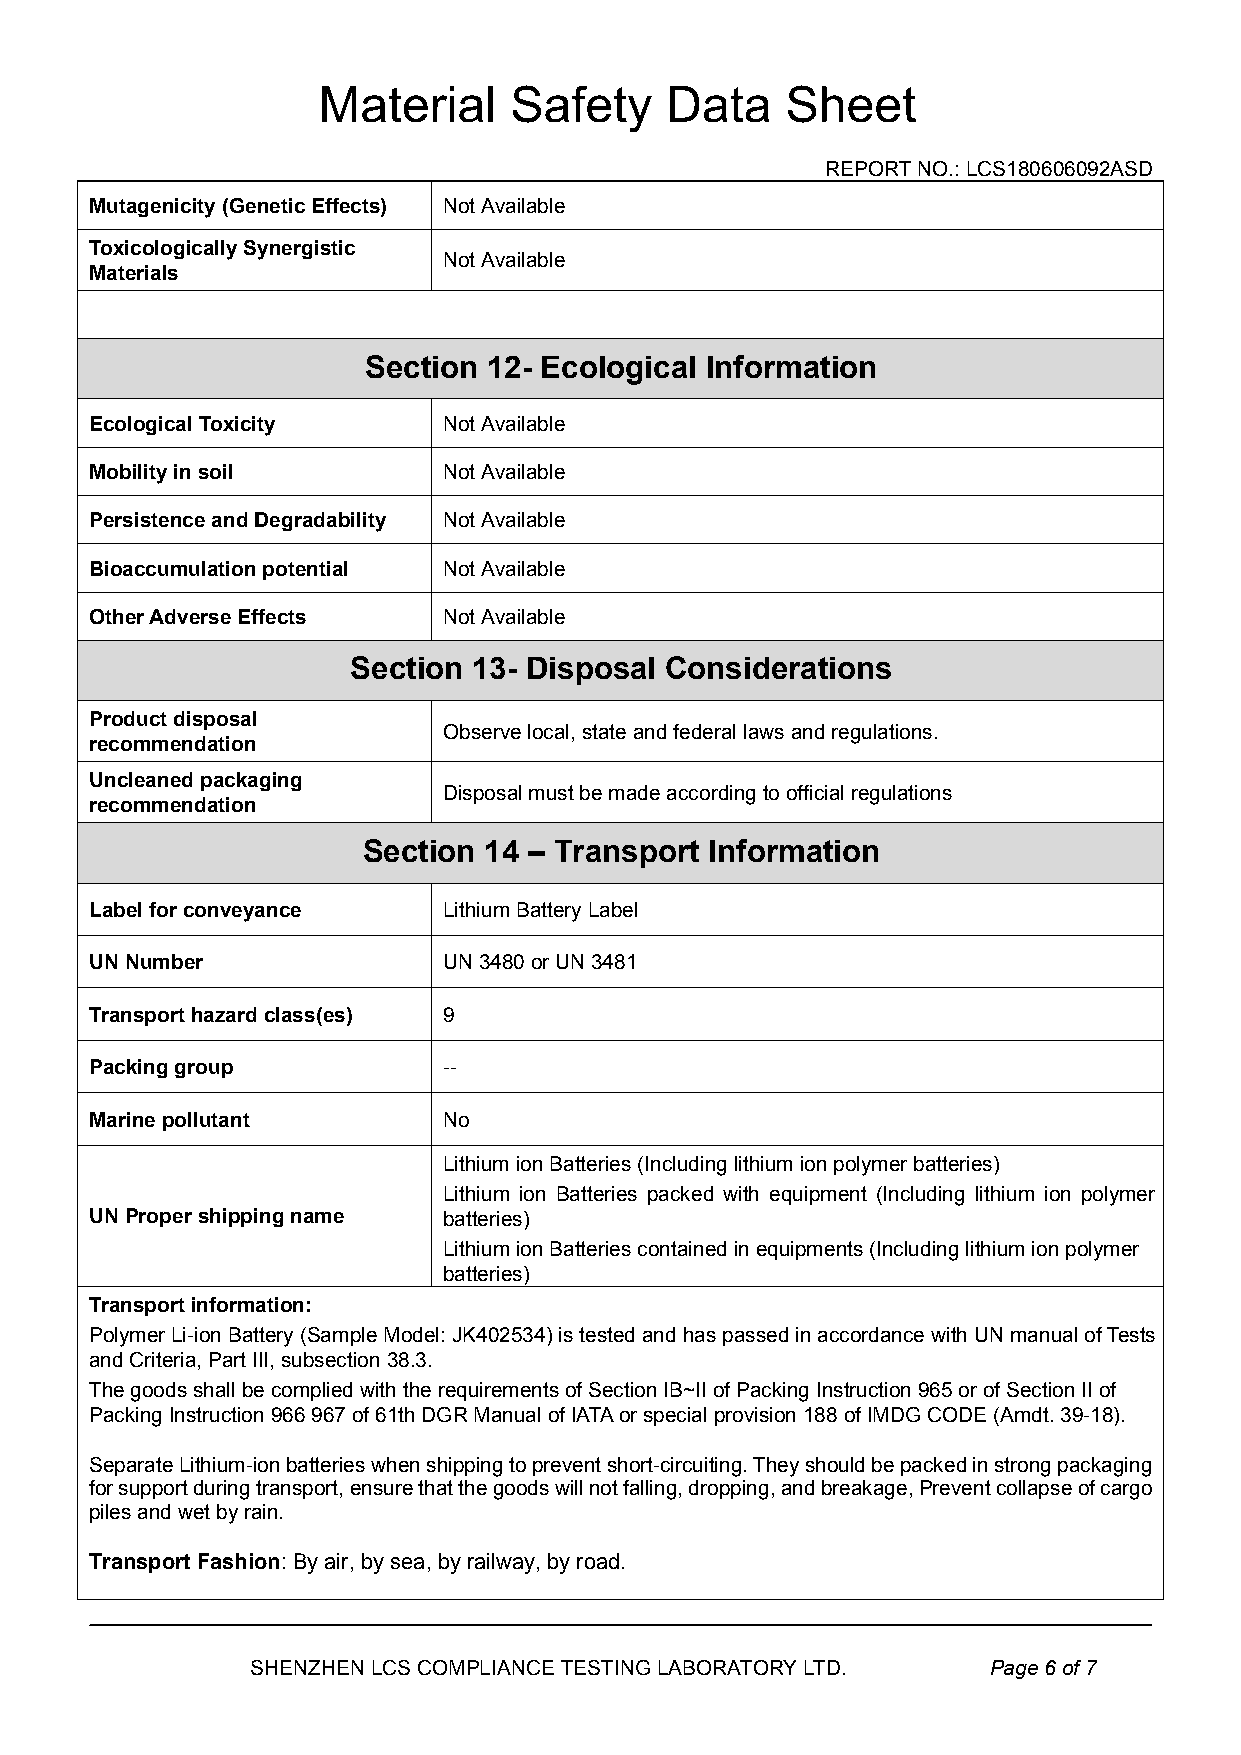
Material     Safety    Data    Sheet
 REPORTNO.:LCS180606092ASD
 Mutagenicity(GeneticEffects) NotAvailable
 ToxicologicallySynergistic
 NotAvailable
 Materials
 Section 12- Ecological Information
 EcologicalToxicity     NotAvailable
 Mobilityinsoil         NotAvailable
 PersistenceandDegradability NotAvailable
 Bioaccumulationpotential NotAvailable
 OtherAdverseEffects    NotAvailable
 Section 13- Disposal Considerations
 Productdisposal
 Observelocal,stateandfederallawsandregulations.
 recommendation
 Uncleanedpackaging
 Disposalmustbemadeaccordingtoofficialregulations
 recommendation
 Section 14 – Transport Information
 Labelforconveyance     LithiumBatteryLabel
 UNNumber               UN3480orUN3481
 Transporthazardclass(es) 9
 Packinggroup           --
 Marinepollutant        No
 LithiumionBatteries(Includinglithiumionpolymerbatteries)
 Lithium ion Batteries packed with equipment (Including lithium ion polymer
 UNPropershippingname   batteries)
 LithiumionBatteriescontainedinequipments(Includinglithiumionpolymer
 batteries)
 Transportinformation:
 PolymerLi-ionBattery(SampleModel: JK402534)istestedandhaspassedinaccordancewithUNmanualofTests
 andCriteria,PartIII,subsection38.3.
 ThegoodsshallbecompliedwiththerequirementsofSectionIB~IIofPackingInstruction965orofSectionIIof
 PackingInstruction966967of61thDGRManualofIATAorspecialprovision188ofIMDGCODE(Amdt.39-18).
 SeparateLithium-ionbatterieswhenshippingtopreventshort-circuiting.Theyshouldbepackedinstrongpackaging
 forsupportduringtransport,ensurethatthegoodswillnotfalling,dropping,andbreakage,Preventcollapseofcargo
 pilesandwetbyrain.
 Transport Fashion:Byair,by sea,by railway, by road.
 SHENZHENLCSCOMPLIANCETESTINGLABORATORYLTD.      Page6of7